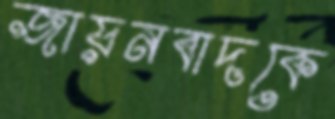
জায়নবাদকে